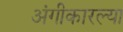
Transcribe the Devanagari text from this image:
अंगीकारल्या